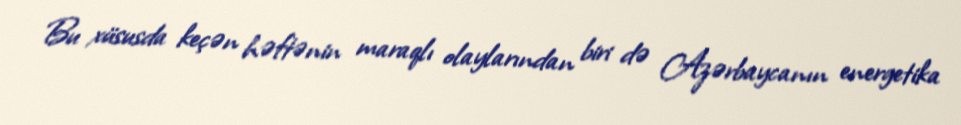
Bu xüsusda keçən həftənin maraqlı olaylarından biri də Azərbaycanın energetika